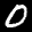
Label: 0